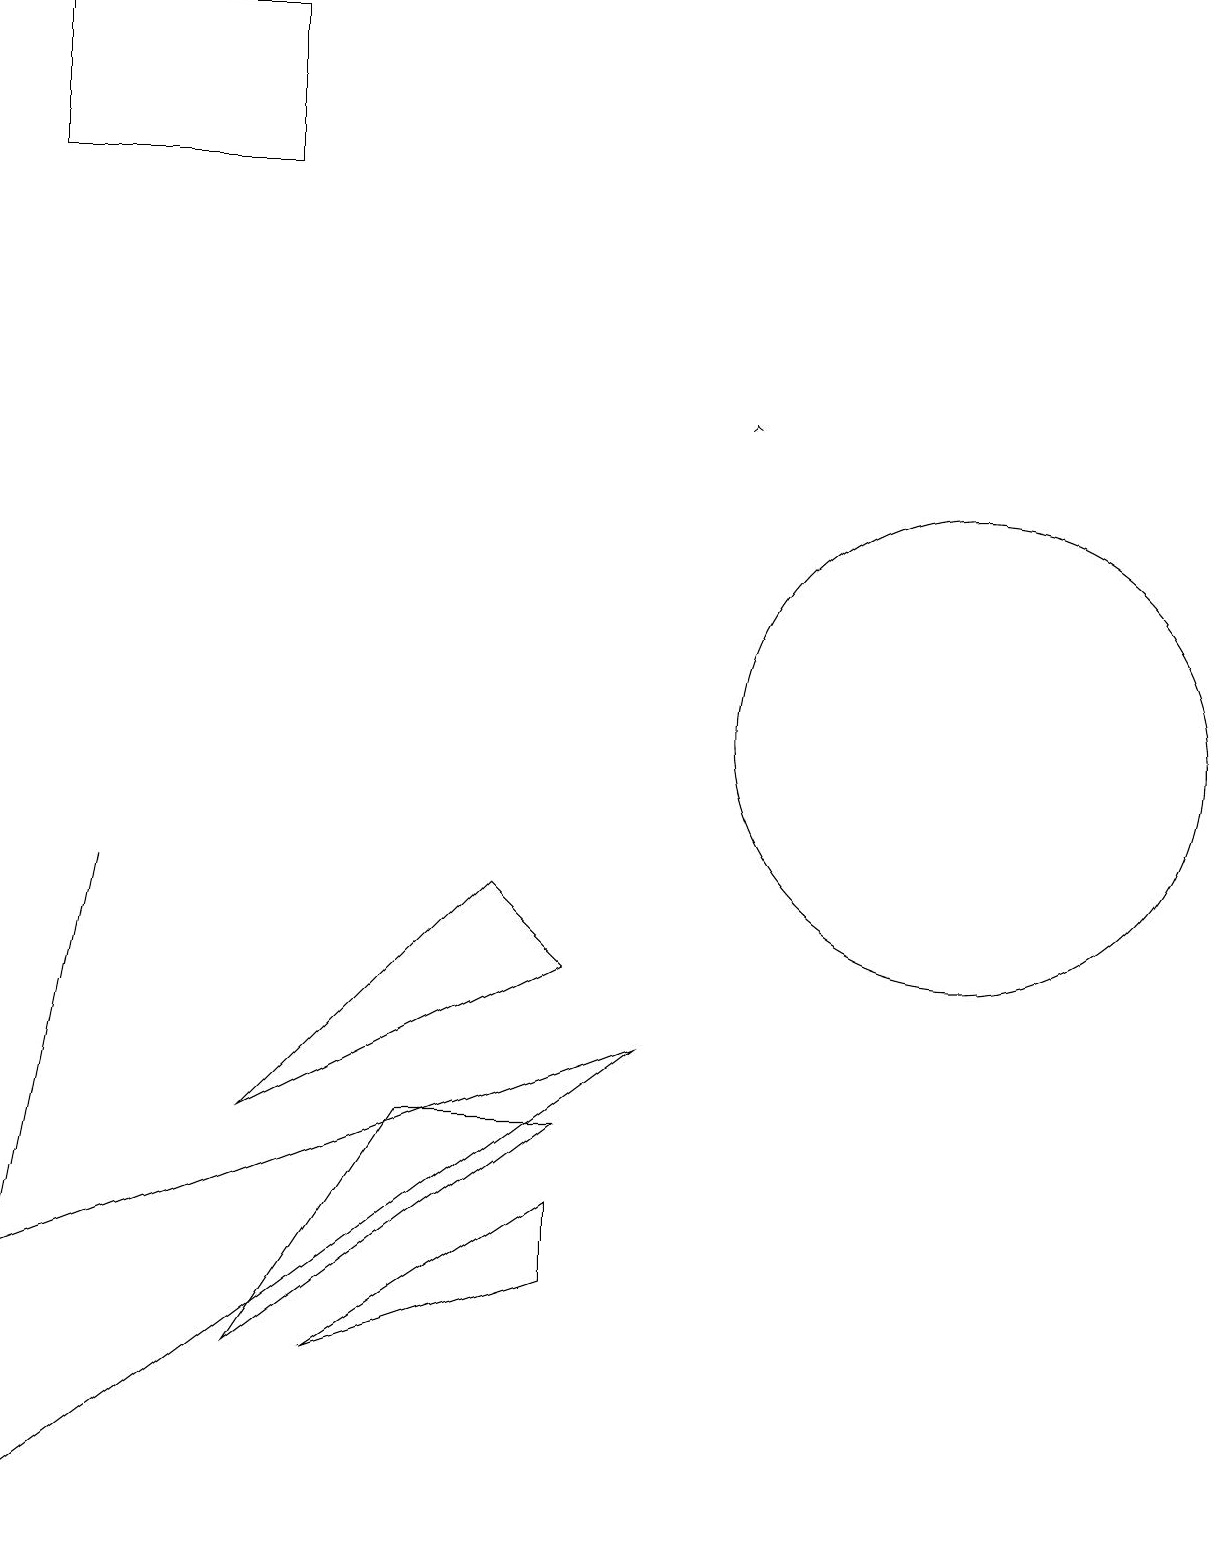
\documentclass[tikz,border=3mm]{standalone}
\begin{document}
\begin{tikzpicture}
\draw (7,4) -- (4,2) -- (7,3) -- cycle;
\draw (12,10) circle (3);
\draw (0,0) -- (8,6) -- (0,3) -- cycle;
\draw (3,17) rectangle (0,19);
\draw (7,7) -- (6,8) -- (3,5) -- cycle;
\draw (1,8) -- (1,8) -- (0,3) -- cycle;
\draw[->] (9,14) -- (9,14);
\draw (3,2) -- (7,5) -- (5,5) -- cycle;
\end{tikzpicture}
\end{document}